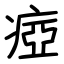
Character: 瘂